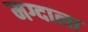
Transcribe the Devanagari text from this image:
मग्दाला